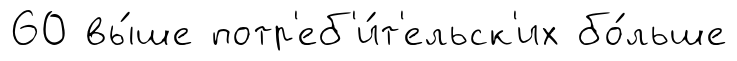
60 вы́ше потр'еб'и́т'ельск'их бо́льше